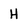
Character: H